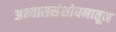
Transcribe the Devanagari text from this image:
अभ्याससंशोधनातून